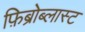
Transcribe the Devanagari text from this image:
फ़िब्रोब्लास्ट